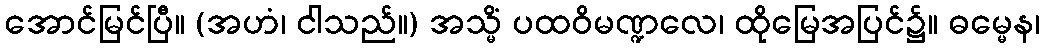
အောင်မြင်ပြီ။ (အဟံ၊ ငါသည်။) အသ္မိံ ပထဝိမဏ္ဍလေ၊ ထိုမြေအပြင်၌။ ဓမ္မေန၊